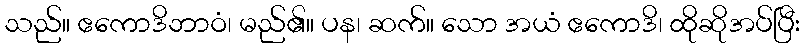
သည်။ ဧကောဒိဘာဝံ၊ မည်၏။ ပန၊ ဆက်။ သော အယံ ဧကောဒိ၊ ထိုဆိုအပ်ပြီး